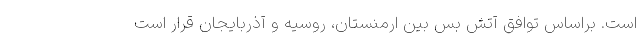
است. براساس توافق آتش بس بین ارمنستان، روسیه و آذربایجان قرار است